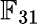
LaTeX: \mathbb{F}_{31}